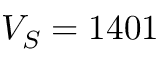
V _ { S } = 1 4 0 1